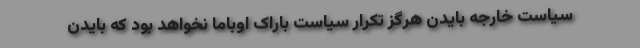
سیاست خارجه بایدن هرگز تکرار سیاست باراک اوباما نخواهد بود که بایدن